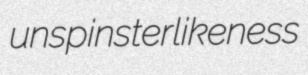
unspinsterlikeness